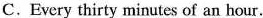
C. Every thirty minutes of an hour.